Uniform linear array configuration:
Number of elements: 48
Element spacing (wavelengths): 0.25
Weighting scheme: blackman
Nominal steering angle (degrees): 15
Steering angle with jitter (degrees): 16.69
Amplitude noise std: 0.05
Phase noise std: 0.05

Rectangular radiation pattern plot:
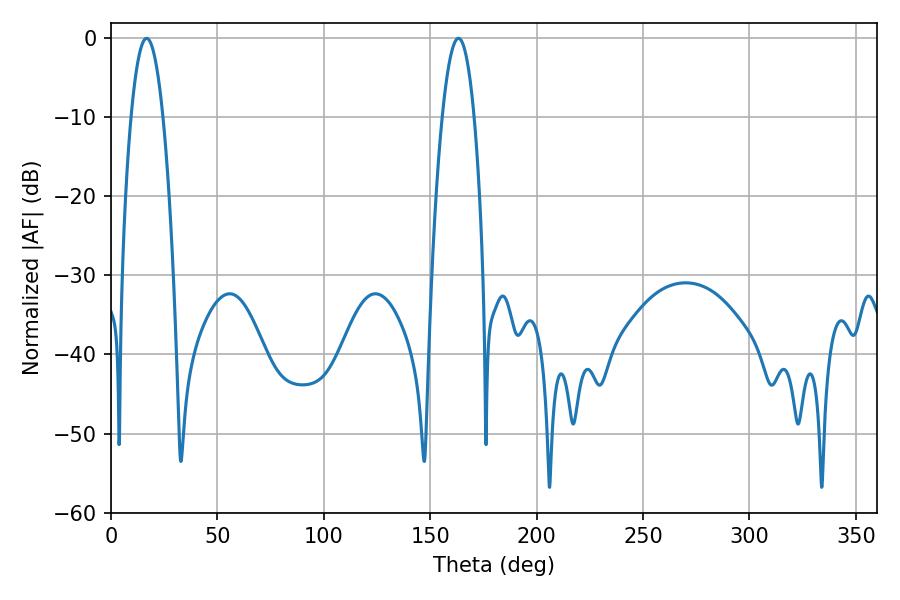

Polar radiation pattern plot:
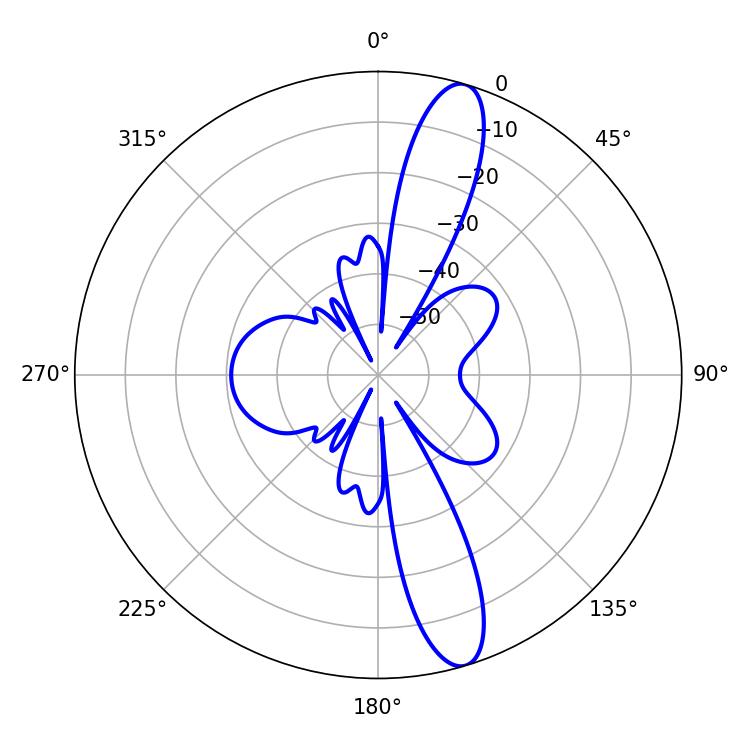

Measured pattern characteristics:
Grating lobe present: FALSE
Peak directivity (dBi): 13.501
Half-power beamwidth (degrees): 8.28
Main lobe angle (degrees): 16.74